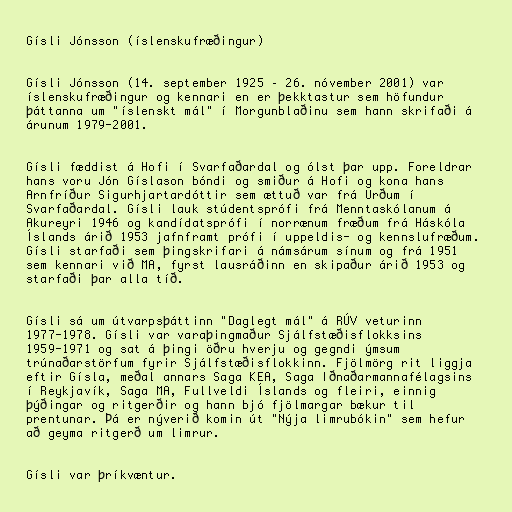
Gísli Jónsson (íslenskufræðingur)

Gísli Jónsson (14. september 1925 – 26. nóvember 2001) var
íslenskufræðingur og kennari en er þekktastur sem höfundur
þáttanna um "íslenskt mál" í Morgunblaðinu sem hann skrifaði á
árunum 1979-2001.

Gísli fæddist á Hofi í Svarfaðardal og ólst þar upp. Foreldrar
hans voru Jón Gíslason bóndi og smiður á Hofi og kona hans
Arnfríður Sigurhjartardóttir sem ættuð var frá Urðum í
Svarfaðardal. Gísli lauk stúdentsprófi frá Menntaskólanum á
Akureyri 1946 og kandídatsprófi í norrænum fræðum frá Háskóla
Íslands árið 1953 jafnframt prófi í uppeldis- og kennslufræðum.
Gísli starfaði sem þingskrifari á námsárum sínum og frá 1951
sem kennari við MA, fyrst lausráðinn en skipaður árið 1953 og
starfaði þar alla tíð.

Gísli sá um útvarpsþáttinn "Daglegt mál" á RÚV veturinn
1977-1978. Gísli var varaþingmaður Sjálfstæðisflokksins
1959-1971 og sat á þingi öðru hverju og gegndi ýmsum
trúnaðarstörfum fyrir Sjálfstæðisflokkinn. Fjölmörg rit liggja
eftir Gísla, meðal annars Saga KEA, Saga Iðnaðarmannafélagsins
í Reykjavík, Saga MA, Fullveldi Íslands og fleiri, einnig
þýðingar og ritgerðir og hann bjó fjölmargar bækur til
prentunar. Þá er nýverið komin út "Nýja limrubókin" sem hefur
að geyma ritgerð um limrur.

Gísli var þríkvæntur.